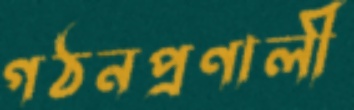
গঠনপ্রণালী